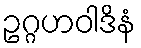
ဥဂ္ဂဟဝါဒိနံ